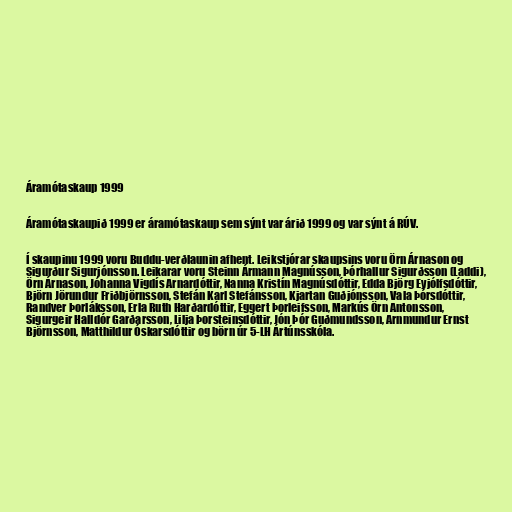
Áramótaskaup 1999

Áramótaskaupið 1999 er áramótaskaup sem sýnt var árið 1999 og var sýnt á RÚV.

Í skaupinu 1999 voru Buddu-verðlaunin afhent. Leikstjórar skaupsins voru Örn Árnason og
Sigurður Sigurjónsson. Leikarar voru Steinn Ármann Magnússon, Þórhallur Sigurðsson (Laddi),
Örn Árnason, Jóhanna Vigdís Arnardóttir, Nanna Kristín Magnúsdóttir, Edda Björg Eyjólfsdóttir,
Björn Jörundur Friðbjörnsson, Stefán Karl Stefánsson, Kjartan Guðjónsson, Vala Þórsdóttir,
Randver Þorláksson, Erla Ruth Harðardóttir, Eggert Þorleifsson, Markús Örn Antonsson,
Sigurgeir Halldór Garðarsson, Lilja Þorsteinsdóttir, Jón Þór Guðmundsson, Arnmundur Ernst
Björnsson, Matthildur Óskarsdóttir og börn úr 5-LH Ártúnsskóla.